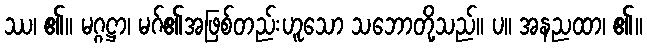
ဿ၊ ၏။ မဂ္ဂဋ္ဌာ၊ မဂ်၏အဖြစ်တည်းဟူသော သဘောတို့သည်။ ပ။ အနညထာ၊ ၏။